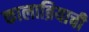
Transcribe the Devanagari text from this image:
कालाब्रियाची